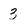
Character: 3